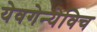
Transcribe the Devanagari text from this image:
येवगेन्येविच